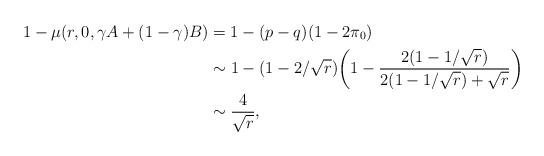
LaTeX: \begin{align*}1-\mu(r,0,\gamma A+(1-\gamma)B)&=1-(p-q)(1-2\pi_0)\\&\sim1-(1-2/\sqrt{r})\bigg(1-\frac{2(1-1/\sqrt{r})}{2(1-1/\sqrt{r})+\sqrt{r}}\bigg)\\&\sim\frac{4}{\sqrt{r}},\end{align*}